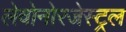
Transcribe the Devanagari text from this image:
लेवोनोरजेस्ट्रल